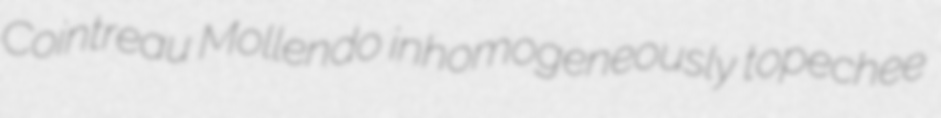
Cointreau Mollendo inhomogeneously topechee